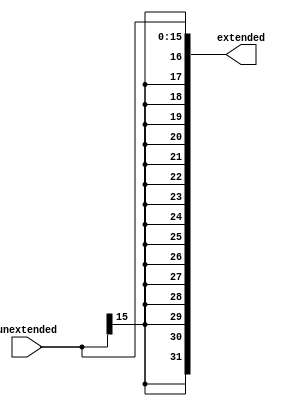
`timescale 1ns / 1ps
/*
DM DUT(.unextended(unextended), .DMWE(DMWE), .extended(extended));
*/

module Simm(unextended,extended);
input signed [15:0] unextended;
output reg signed [31:0] extended;
always @(*)
begin
extended = { {16{unextended[15]}}, unextended};
end
endmodule